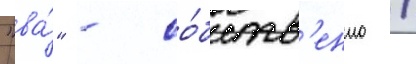
"ва́" - со́бств'енно /